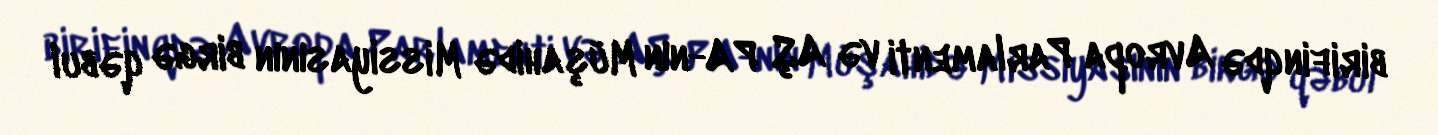
birifinqdə Avropa Parlamenti və AŞ PA-nın Müşahidə Missiyasının birgə qəbul